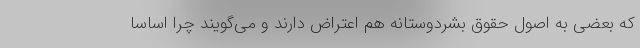
که بعضی به اصول حقوق بشردوستانه هم اعتراض دارند و می‌گویند چرا اساسا